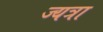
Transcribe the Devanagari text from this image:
ज्यत्रा